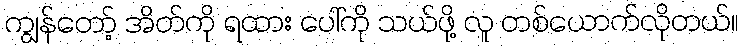
ကျွန်တော့် အိတ်ကို ရထား ပေါ်ကို သယ်ဖို့ လူ တစ်ယောက်လိုတယ်။